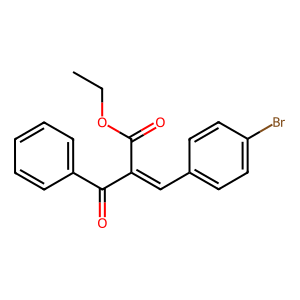
SMILES: CCOC(=O)C(=Cc1ccc(Br)cc1)C(=O)c1ccccc1
Inhibits HIV replication: No